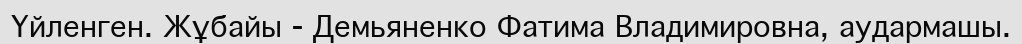
Үйленген. Жұбайы - Демьяненко Фатима Владимировна, аудармашы.